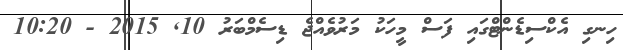
ހިނގި އެކްސިޑެންޓްގައި ފަސް މީހަކު މަރުވެއްޖެ ޑިސެމްބަރު 10